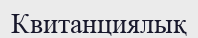
Квитанциялық